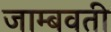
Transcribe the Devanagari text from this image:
जाम्‍बवती